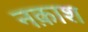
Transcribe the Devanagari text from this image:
नक़ाश